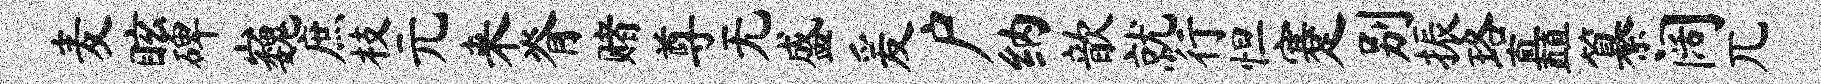
麦眩碑巍庶枝元来脊赌尊无盛爰户纳歆就行怛蹇别振珞矗纂阔兀